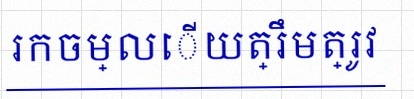
រកចម្លើយត្រឹមត្រូវ